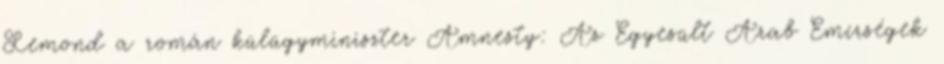
Lemond a román külügyminiszter Amnesty: Az Egyesült Arab Emírségek